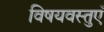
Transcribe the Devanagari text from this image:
विषयवस्तुएँ